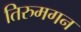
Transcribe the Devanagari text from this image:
तिरुमगन